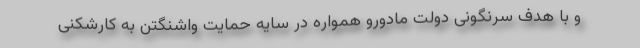
و با هدف سرنگونی دولت مادورو همواره در سایه حمایت واشنگتن به کارشکنی